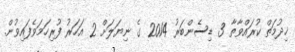
ޚިދުމަތް ކުރައްވާތާ 3 ޑިސެންބަރު 2014 ގެ ނިޔަލަށް 2 އަހަރު ފުރިހަމަވެފައިވުން.